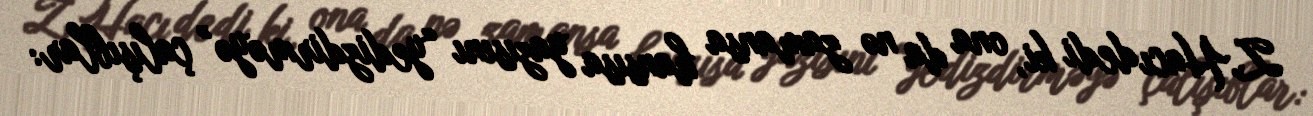
Z.Hacı dedi ki, ona da nə zamansa hansısa yazısını “yedizdirməyə” çalışıblar: